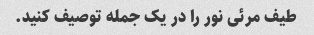
طیف مرئی نور را در یک جمله توصیف کنید.